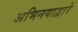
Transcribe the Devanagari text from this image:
अभिनयाद्वारे